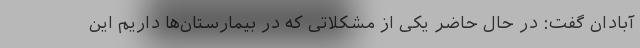
آبادان گفت: در حال حاضر یکی از مشکلاتی که در بیمارستان‌ها داریم این